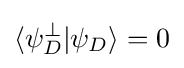
\langle \psi _{D}^{\bot }|\psi _{D}\rangle =0